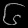
Digit: ၆